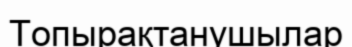
Топырақтанушылар